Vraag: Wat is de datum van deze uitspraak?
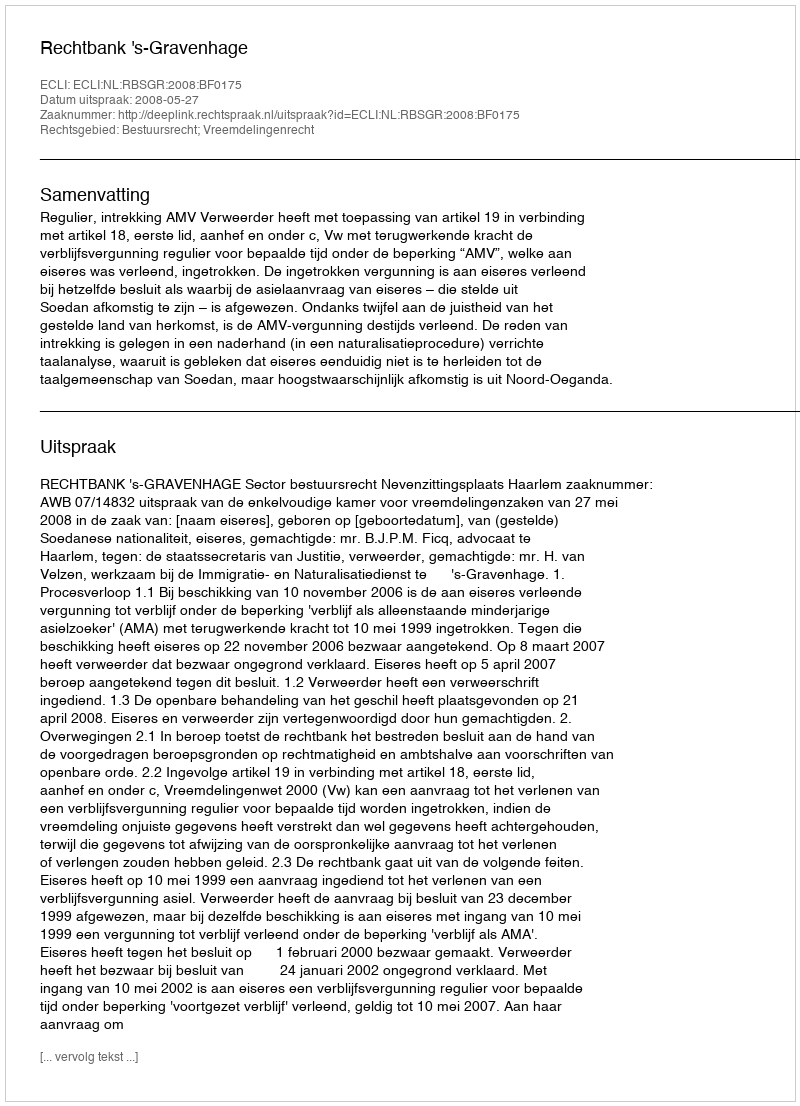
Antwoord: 2008-05-27